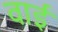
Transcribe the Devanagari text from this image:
वाईं